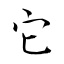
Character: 它